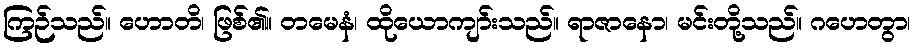
ကြဉ်သည်။ ဟောတိ၊ ဖြစ်၏။ တမေနံ၊ ထိုယောကျာ်းသည်။ ရာဇာနော၊ မင်းတို့သည်။ ဂဟေတွာ၊